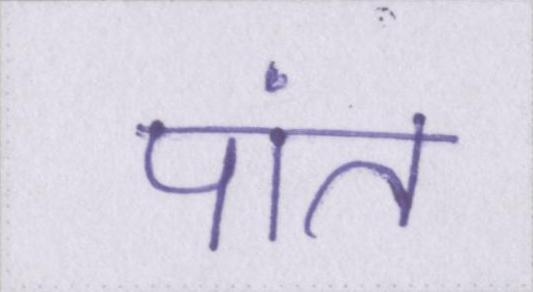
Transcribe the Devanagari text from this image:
पांत